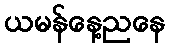
ယမန်နေ့ညနေ